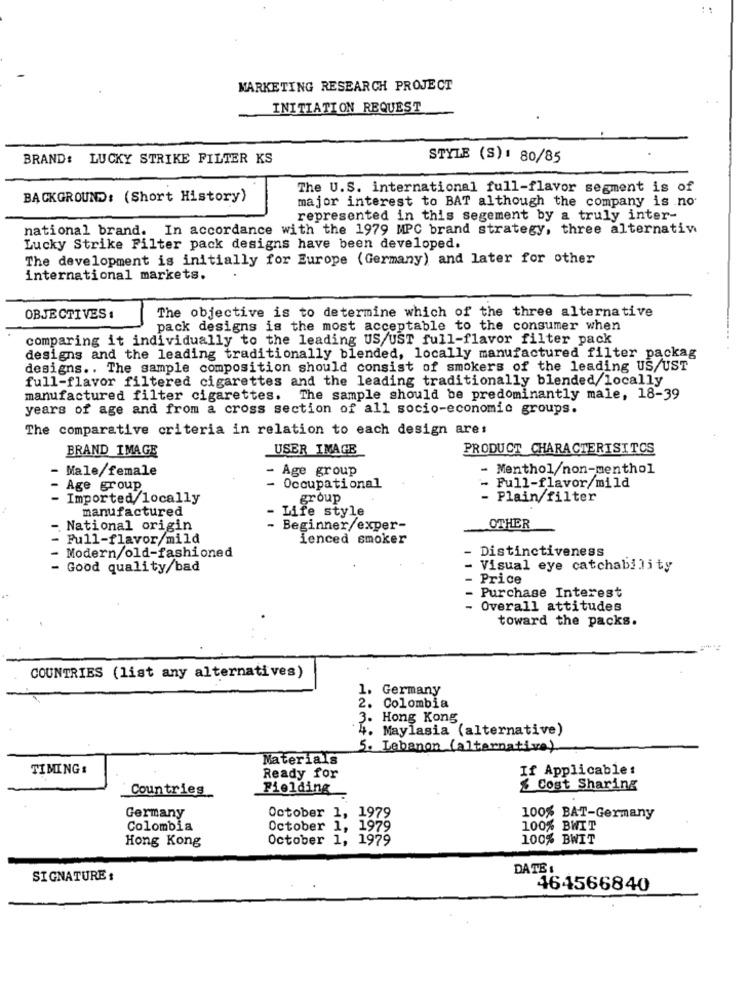
MARKETING RESEARCH PROJECT
INITIATION REQUEST
BRAND: LUCKY STRIKE FILTER KS
STYLE (S): 80/85
The U.S. international full-flavor segment is of
BACKGROUND: (Short History)
major interest to BAT although the company is no
represented in this segement by a truly inter-
national brand. In accordance with the 1979 MPC brand strategy, three alternatiw
Lucky Strike Filter pack designs have been developed.
The development is initially for Europe (Germany) and later for other
international markets.
OBJECTIVES :
The objective is to determine which of the three alternative
pack designs is the most acceptable to the consumer when
comparing it individually to the leading US/UST full-flavor filter pack
designs and the leading traditionally blended, locally manufactured filter packag
designs .. The sample composition should consist of smokers of the leading US/UST
full-flavor filtered cigarettes and the leading traditionally blended/locally
manufactured filter cigarettes.
The sample should be predominantly male, 18-39
years of age and from a cross section of all socio-economic groups.
The comparative criteria in relation to each design are:
BRAND IMAGE
USER_IMAGE
PRODUCT CHARACTERISITOS
Male/female
Age group
- Menthol/non-menthol
Age group
- Occupational
Full-flavor/mild
Imported locally
group
- Plain/filter
manufactured
Life style
National origin
- Beginner/exper-
OTHER
Full-flavor/mild
ienced smoker
- Distinctiveness
Modern/old-fashioned
- Good quality/bad
Visual eye catchability
Price
Purchase Interest
Overall attitudes
toward the packs.
COUNTRIES (list any alternatives)
1.
Germany
2.
Colombia
3. Hong Kong
4. Maylasia (alternative)
5. Lebanon (alternative)
Materials
TIMING:
If Applicable:
Ready for
Fielding
$ Cost Sharing
Countries
Germany
October 1, 1979
100% BAT-Germany
Colombia
October 1, 1979
100% BWIT
Hong Kong
October 1, 1979
100% BWIT
DATE :
SIGNATURE :
164566840